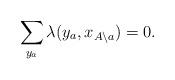
LaTeX: \begin{align*}\sum_{y_a} \lambda(y_a, x_{A \setminus a}) = 0.\end{align*}